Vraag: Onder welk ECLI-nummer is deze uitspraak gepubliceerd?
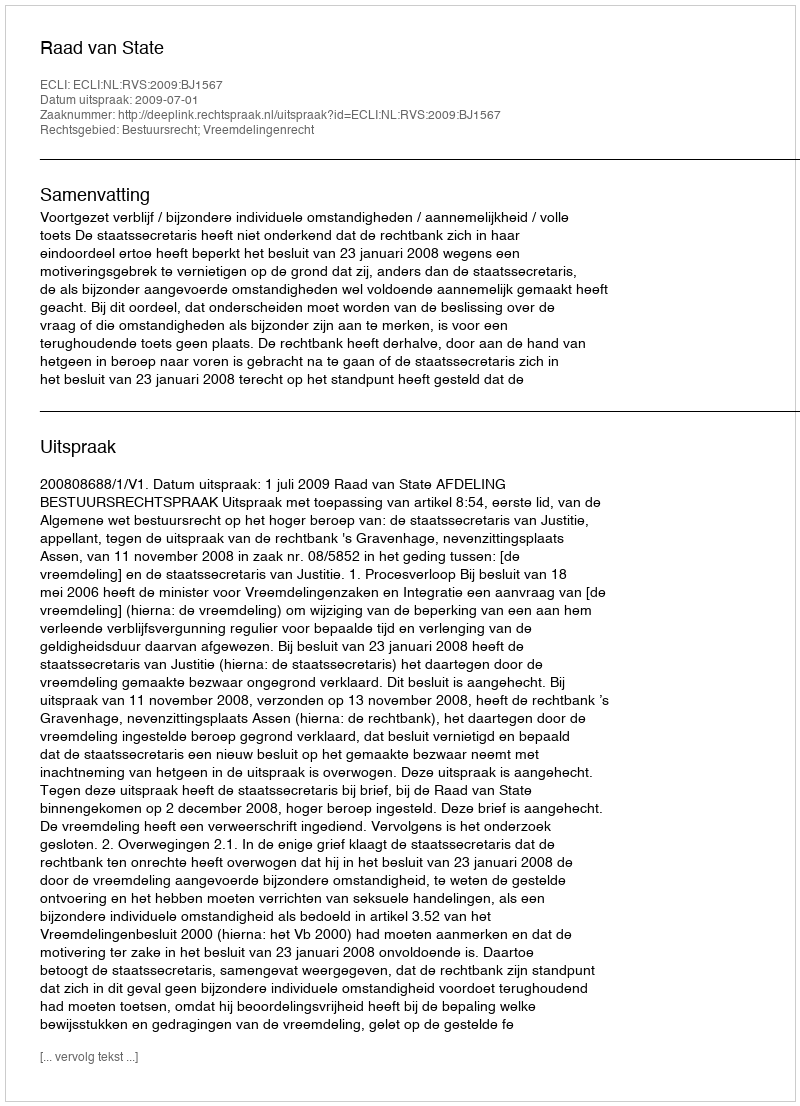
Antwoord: ECLI:NL:RVS:2009:BJ1567